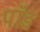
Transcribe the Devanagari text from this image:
पाॅॅड